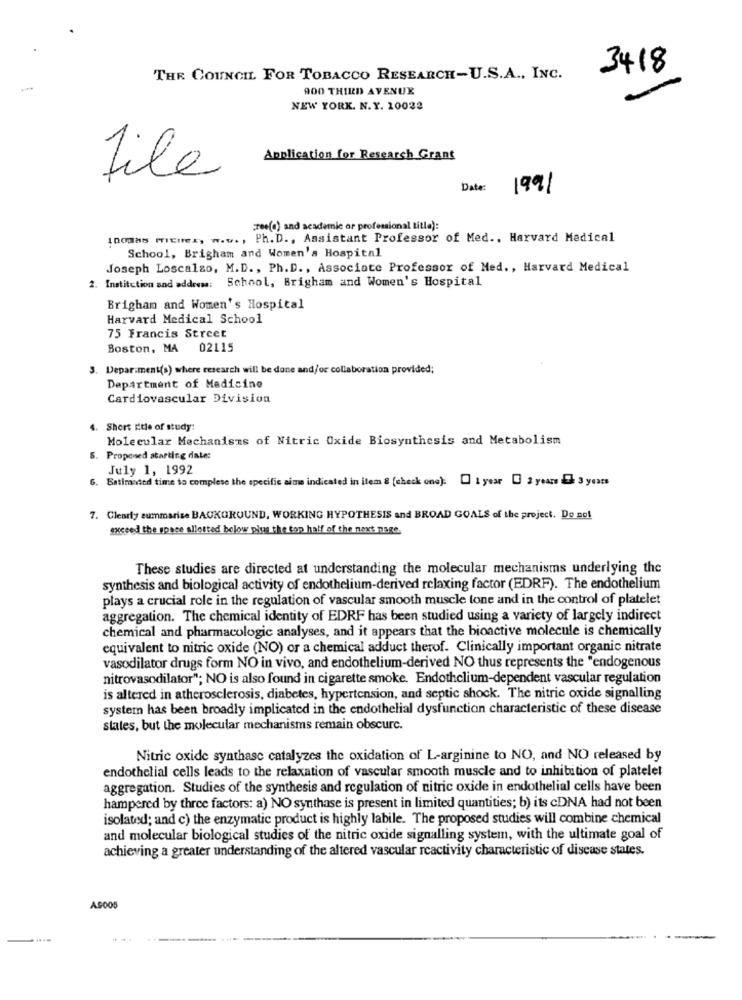
3418
THE COUNCIL FOR TOBACCO RESEARCH-U.S.A ., INC.
900 THIRD AVENUE
NEW YORK. N.Y. 10022
Application for Research Grant
lite
Date:
1991
Free(o) and academic or professional titla):
100088 mEine ., w.w ., Ph. D ., Assistant Professor of Med ., Harvard Medical
School, Brigham and Women's Hospital
Joseph Loscalzo, M.D ., Ph. D ., Associate Professor of Med ., Harvard Medical
2. Institution and address: School, Brigham and Women's Hospital
Brigham and Women's Hospital
Harvard Medical School
75 Francis Street
Boston, MA 02115
3. Depar.ment(s) where research will be done and/or collaboration provided;
Department of Medicine
Cardiovascular Division
4. Short title of study:
Molecular Mechanisms of Nitric Oxide Biosynthesis and Metabolism
5. Proposed starting date:
July 1, 1992
G. Batimeted time to complese the specific aime indicated in item & [check one): [ 1 year [ 2 years 3 3 years
7. Clearly summarize BACKGROUND, WORKING HYPOTHESIS and BROAD GOALS of the project. Do not
exceed the space allotted below plus the top half of the next page.
These studies are directed at understanding the molecular mechanisms underlying the
synthesis and biological activity of endothelium-derived relaxing factor (EDRF). The endothelium
plays a crucial role in the regulation of vascular smooth muscle tone and in the control of platelet
aggregation. The chemical identity of EDRF has been studied using a variety of largely indirect
chemical and pharmacologic analyses, and it appears that the bioactive molecule is chemically
equivalent to nitric oxide (NO) or a chemical adduct therof. Clinically important organic nitrate
vasodilator drugs form NO in vivo, and endothelium-derived NO thus represents the "endogenous
nitrovasodilator"; NO is also found in cigarette smoke. Endothelium-dependent vascular regulation
is altered in atherosclerosis, diabetes, hypertension, and septic shock. The nitric oxide signalling
system has been broadly implicated in the endothelial dysfunction characteristic of these disease
states, but the molecular mechanisms remain obscurc.
Nitric oxide synthase catalyzes the oxidation of L-arginine to NO, and NO released by
endothelial cells leads to the relaxation of vascular smooth muscle and to inhibition of platelet
aggregation. Studies of the synthesis and regulation of nitric oxide in endothelial cells have been
hampered by three factors: a) NO synthase is present in limited quantities; b) its cDNA had not been
isolated; and c) the enzymatic product is highly labile. The proposed studies will combine chemical
and molecular biological studies of the nitric oxide signalling system, with the ultimate goal of
achieving a greater understanding of the altered vascular reactivity characteristic of disease states.
A9005